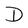
Character: D